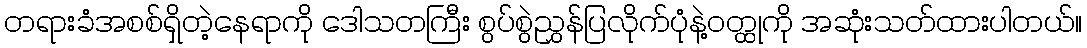
တရားခံအစစ်ရှိတဲ့နေရာကို ဒေါသတကြီး စွပ်စွဲညွှန်ပြလိုက်ပုံနဲ့ဝတ္ထုကို အဆုံးသတ်ထားပါတယ်။